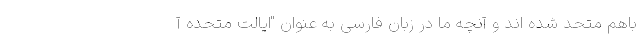
باهم متحد شده اند و آنچه ما در زبان فارسی به عنوان "ایالت متحده آ